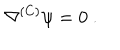
LaTeX: \nabla ^ { ( C ) } \psi = 0 ~ .